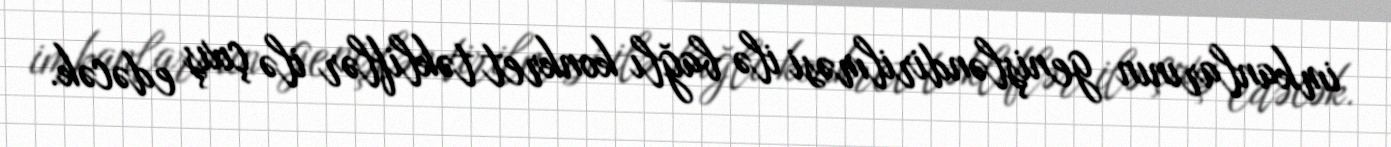
imkanlarının genişləndirilməsi ilə bağlı konkret təkliflər ilə çıxış edəcək.